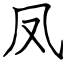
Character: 凤